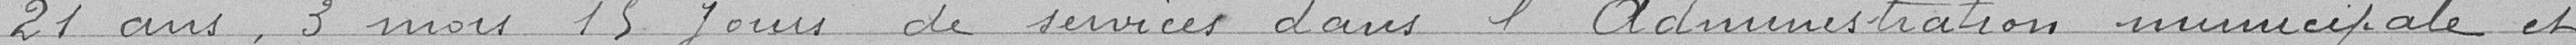
21 ans, 3 mois 15 jours de service dans l'Administration municipale et